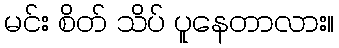
မင်း စိတ် သိပ် ပူနေတာလား။